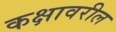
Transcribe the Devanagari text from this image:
कक्षावरील